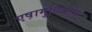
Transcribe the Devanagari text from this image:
एष़ामुत्तिक्कळि